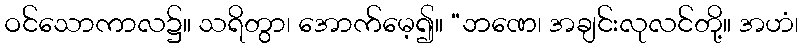
ဝင်သောကာလ၌။ သရိတွာ၊ အောက်မေ့၍။ “ဘဏေ၊ အချင်းလုလင်တို့။ အဟံ၊